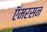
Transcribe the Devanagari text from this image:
ऍमरसन